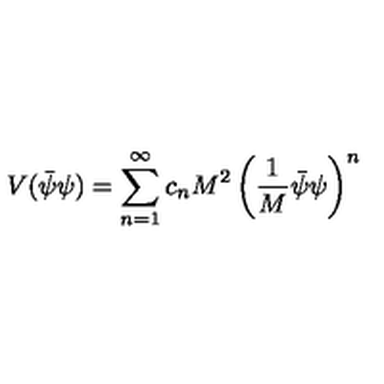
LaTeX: V ( \bar { \psi } \psi ) = \sum _ { n = 1 } ^ { \infty } c _ { n } M ^ { 2 } \left( \frac { 1 } { M } \bar { \psi } \psi \right) ^ { n }